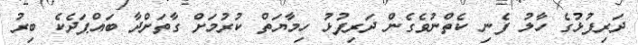
ދަރިފުޅުގެ ހާލު ފެނި ކެތްނުވެގެން ދަރިފުޅު ހިމާޔަތް ކުރުމަށް ގާތަށްދާ ބައްޕަދެކެ ބިރު